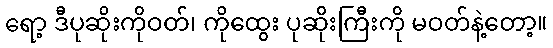
ရော့ ဒီပုဆိုးကိုဝတ်၊ ကိုထွေး ပုဆိုးကြီးကို မဝတ်နဲ့တော့။